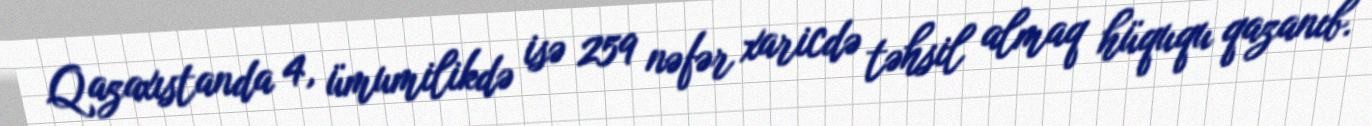
Qazaxıstanda 4, ümumilikdə isə 259 nəfər xaricdə təhsil almaq hüququ qazanıb.